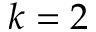
k = 2